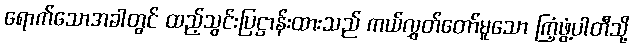
ရောက်သောအခါတွင် ထည့်သွင်းပြဋ္ဌာန်းထားသည် ကယ်လွှတ်တော်မူသော ကြံ့ဖွံ့ပါတီသို့